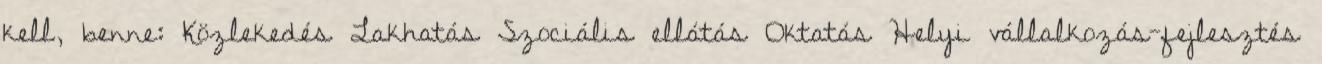
kell, benne: Közlekedés Lakhatás Szociális ellátás Oktatás Helyi vállalkozás-fejlesztés